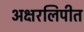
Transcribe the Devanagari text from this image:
अक्षरलिपीत